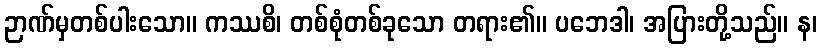
ဉာဏ်မှတစ်ပါးသော။ ကဿစိ၊ တစ်စုံတစ်ခုသော တရား၏။ ပဘေဒါ၊ အပြားတို့သည်။ န၊